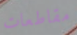
مقاطعات